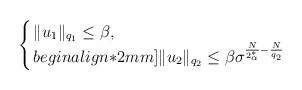
LaTeX: \begin{align*}\left\{ \arraycolsep=1.5pt\begin{array}{lll}\|u_1\|_{q_1}\leq \beta, \\begin{align*}2mm]\|u_2\|_{q_2}\leq \beta \sigma^{\frac N {2^*_\alpha}-\frac N{q_2}} \end{array} \right. \end{align*}